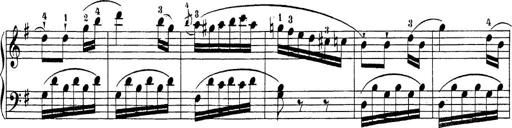
Title: Sonatina Album
Composer: Louis KÃ¶hler